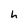
Character: h